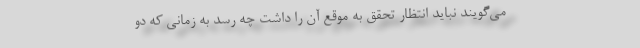
می‌گویند نباید انتظار تحقق به موقع آن را داشت چه رسد به زمانی که دو